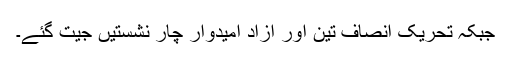
جبکہ تحریک انصاف تین اور آزاد امیدوار چار نشستیں جیت گئے۔